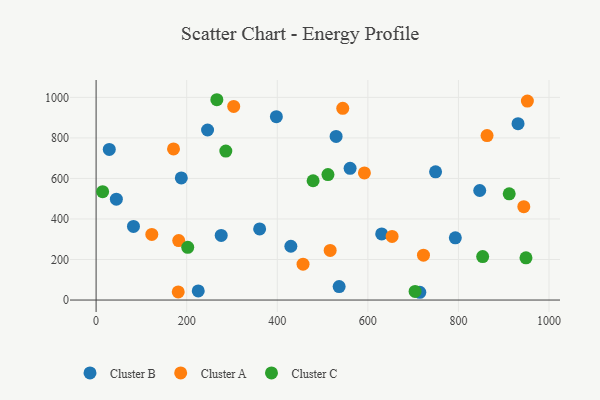
{"axis": {"x": "Study Hours", "y": "Profit"}, "legend": ["Cluster A", "Cluster B", "Cluster C"], "data": [{"x": "529.9", "y": 807.4, "type": "Cluster B"}, {"x": "560.8", "y": 649.7, "type": "Cluster B"}, {"x": "29.1", "y": 743.4, "type": "Cluster B"}, {"x": "847.0", "y": 540.5, "type": "Cluster B"}, {"x": "749.5", "y": 632.6, "type": "Cluster B"}, {"x": "225.5", "y": 44.8, "type": "Cluster B"}, {"x": "398.0", "y": 904.7, "type": "Cluster B"}, {"x": "536.6", "y": 66.5, "type": "Cluster B"}, {"x": "714.7", "y": 38.3, "type": "Cluster B"}, {"x": "188.1", "y": 602.6, "type": "Cluster B"}, {"x": "630.5", "y": 326.0, "type": "Cluster B"}, {"x": "361.1", "y": 350.8, "type": "Cluster B"}, {"x": "44.7", "y": 497.9, "type": "Cluster B"}, {"x": "793.1", "y": 306.9, "type": "Cluster B"}, {"x": "430.0", "y": 265.5, "type": "Cluster B"}, {"x": "246.1", "y": 839.1, "type": "Cluster B"}, {"x": "931.6", "y": 870.4, "type": "Cluster B"}, {"x": "276.2", "y": 318.6, "type": "Cluster B"}, {"x": "82.5", "y": 363.0, "type": "Cluster B"}, {"x": "123.0", "y": 323.7, "type": "Cluster A"}, {"x": "182.4", "y": 293.4, "type": "Cluster A"}, {"x": "516.8", "y": 244.8, "type": "Cluster A"}, {"x": "592.4", "y": 627.2, "type": "Cluster A"}, {"x": "181.3", "y": 39.9, "type": "Cluster A"}, {"x": "863.2", "y": 811.6, "type": "Cluster A"}, {"x": "722.8", "y": 221.3, "type": "Cluster A"}, {"x": "952.2", "y": 981.7, "type": "Cluster A"}, {"x": "653.5", "y": 313.7, "type": "Cluster A"}, {"x": "170.9", "y": 745.4, "type": "Cluster A"}, {"x": "303.8", "y": 955.1, "type": "Cluster A"}, {"x": "544.6", "y": 946.2, "type": "Cluster A"}, {"x": "944.3", "y": 460.5, "type": "Cluster A"}, {"x": "456.9", "y": 177.0, "type": "Cluster A"}, {"x": "479.1", "y": 588.5, "type": "Cluster C"}, {"x": "912.1", "y": 523.9, "type": "Cluster C"}, {"x": "266.6", "y": 988.4, "type": "Cluster C"}, {"x": "14.4", "y": 534.9, "type": "Cluster C"}, {"x": "202.3", "y": 260.0, "type": "Cluster C"}, {"x": "949.1", "y": 208.5, "type": "Cluster C"}, {"x": "511.9", "y": 619.1, "type": "Cluster C"}, {"x": "286.4", "y": 734.9, "type": "Cluster C"}, {"x": "704.3", "y": 42.5, "type": "Cluster C"}, {"x": "853.5", "y": 214.4, "type": "Cluster C"}]}